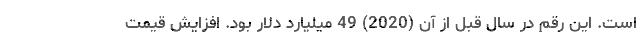
است. این رقم در سال قبل از آن (2020) 49 میلیارد دلار بود. افزایش قیمت